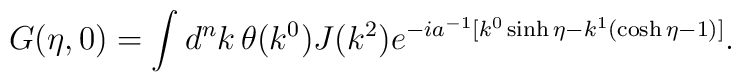
G(\eta,0)=\int d^nk\, \theta(k^0) J(k^2)e^{-ia^{-1}[k^0\sinh\eta -k^1(\cosh\eta-1)]}.